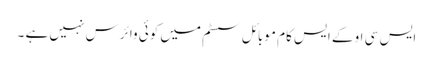
ایس سی او کے ایس کام موبائل سسٹم میں کوئی وائرس نہیں ہے ۔